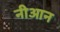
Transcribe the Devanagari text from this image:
नीआन